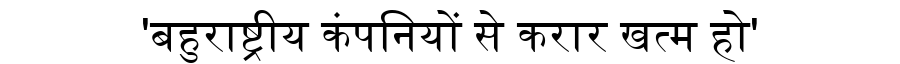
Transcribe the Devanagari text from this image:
'बहुराष्ट्रीय कंपनियों से करार खत्म हो'